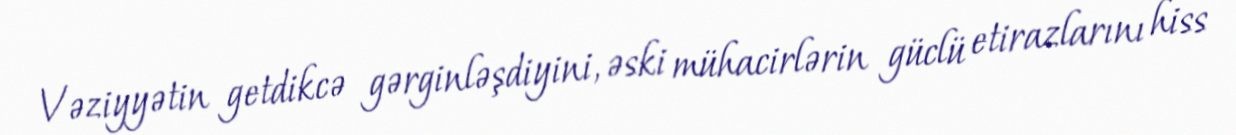
Vəziyyətin getdikcə gərginləşdiyini, əski mühacirlərin güclü etirazlarını hiss